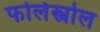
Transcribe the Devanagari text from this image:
फोलेस्त्रोल